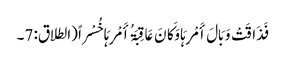
فَذَاقَتْ وَبَالَ أَمْرِہَا وَکَانَ عَاقِبَۃُ أَمْرِہَا خُسْراً (الطلاق: 7۔